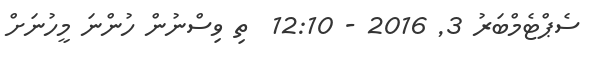
ސެޕްޓެމްބަރު 3